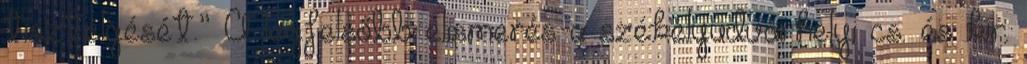
tisztelgését.” A legfelsőbb elismerés a székelyudvarhelyi cs. és kir.